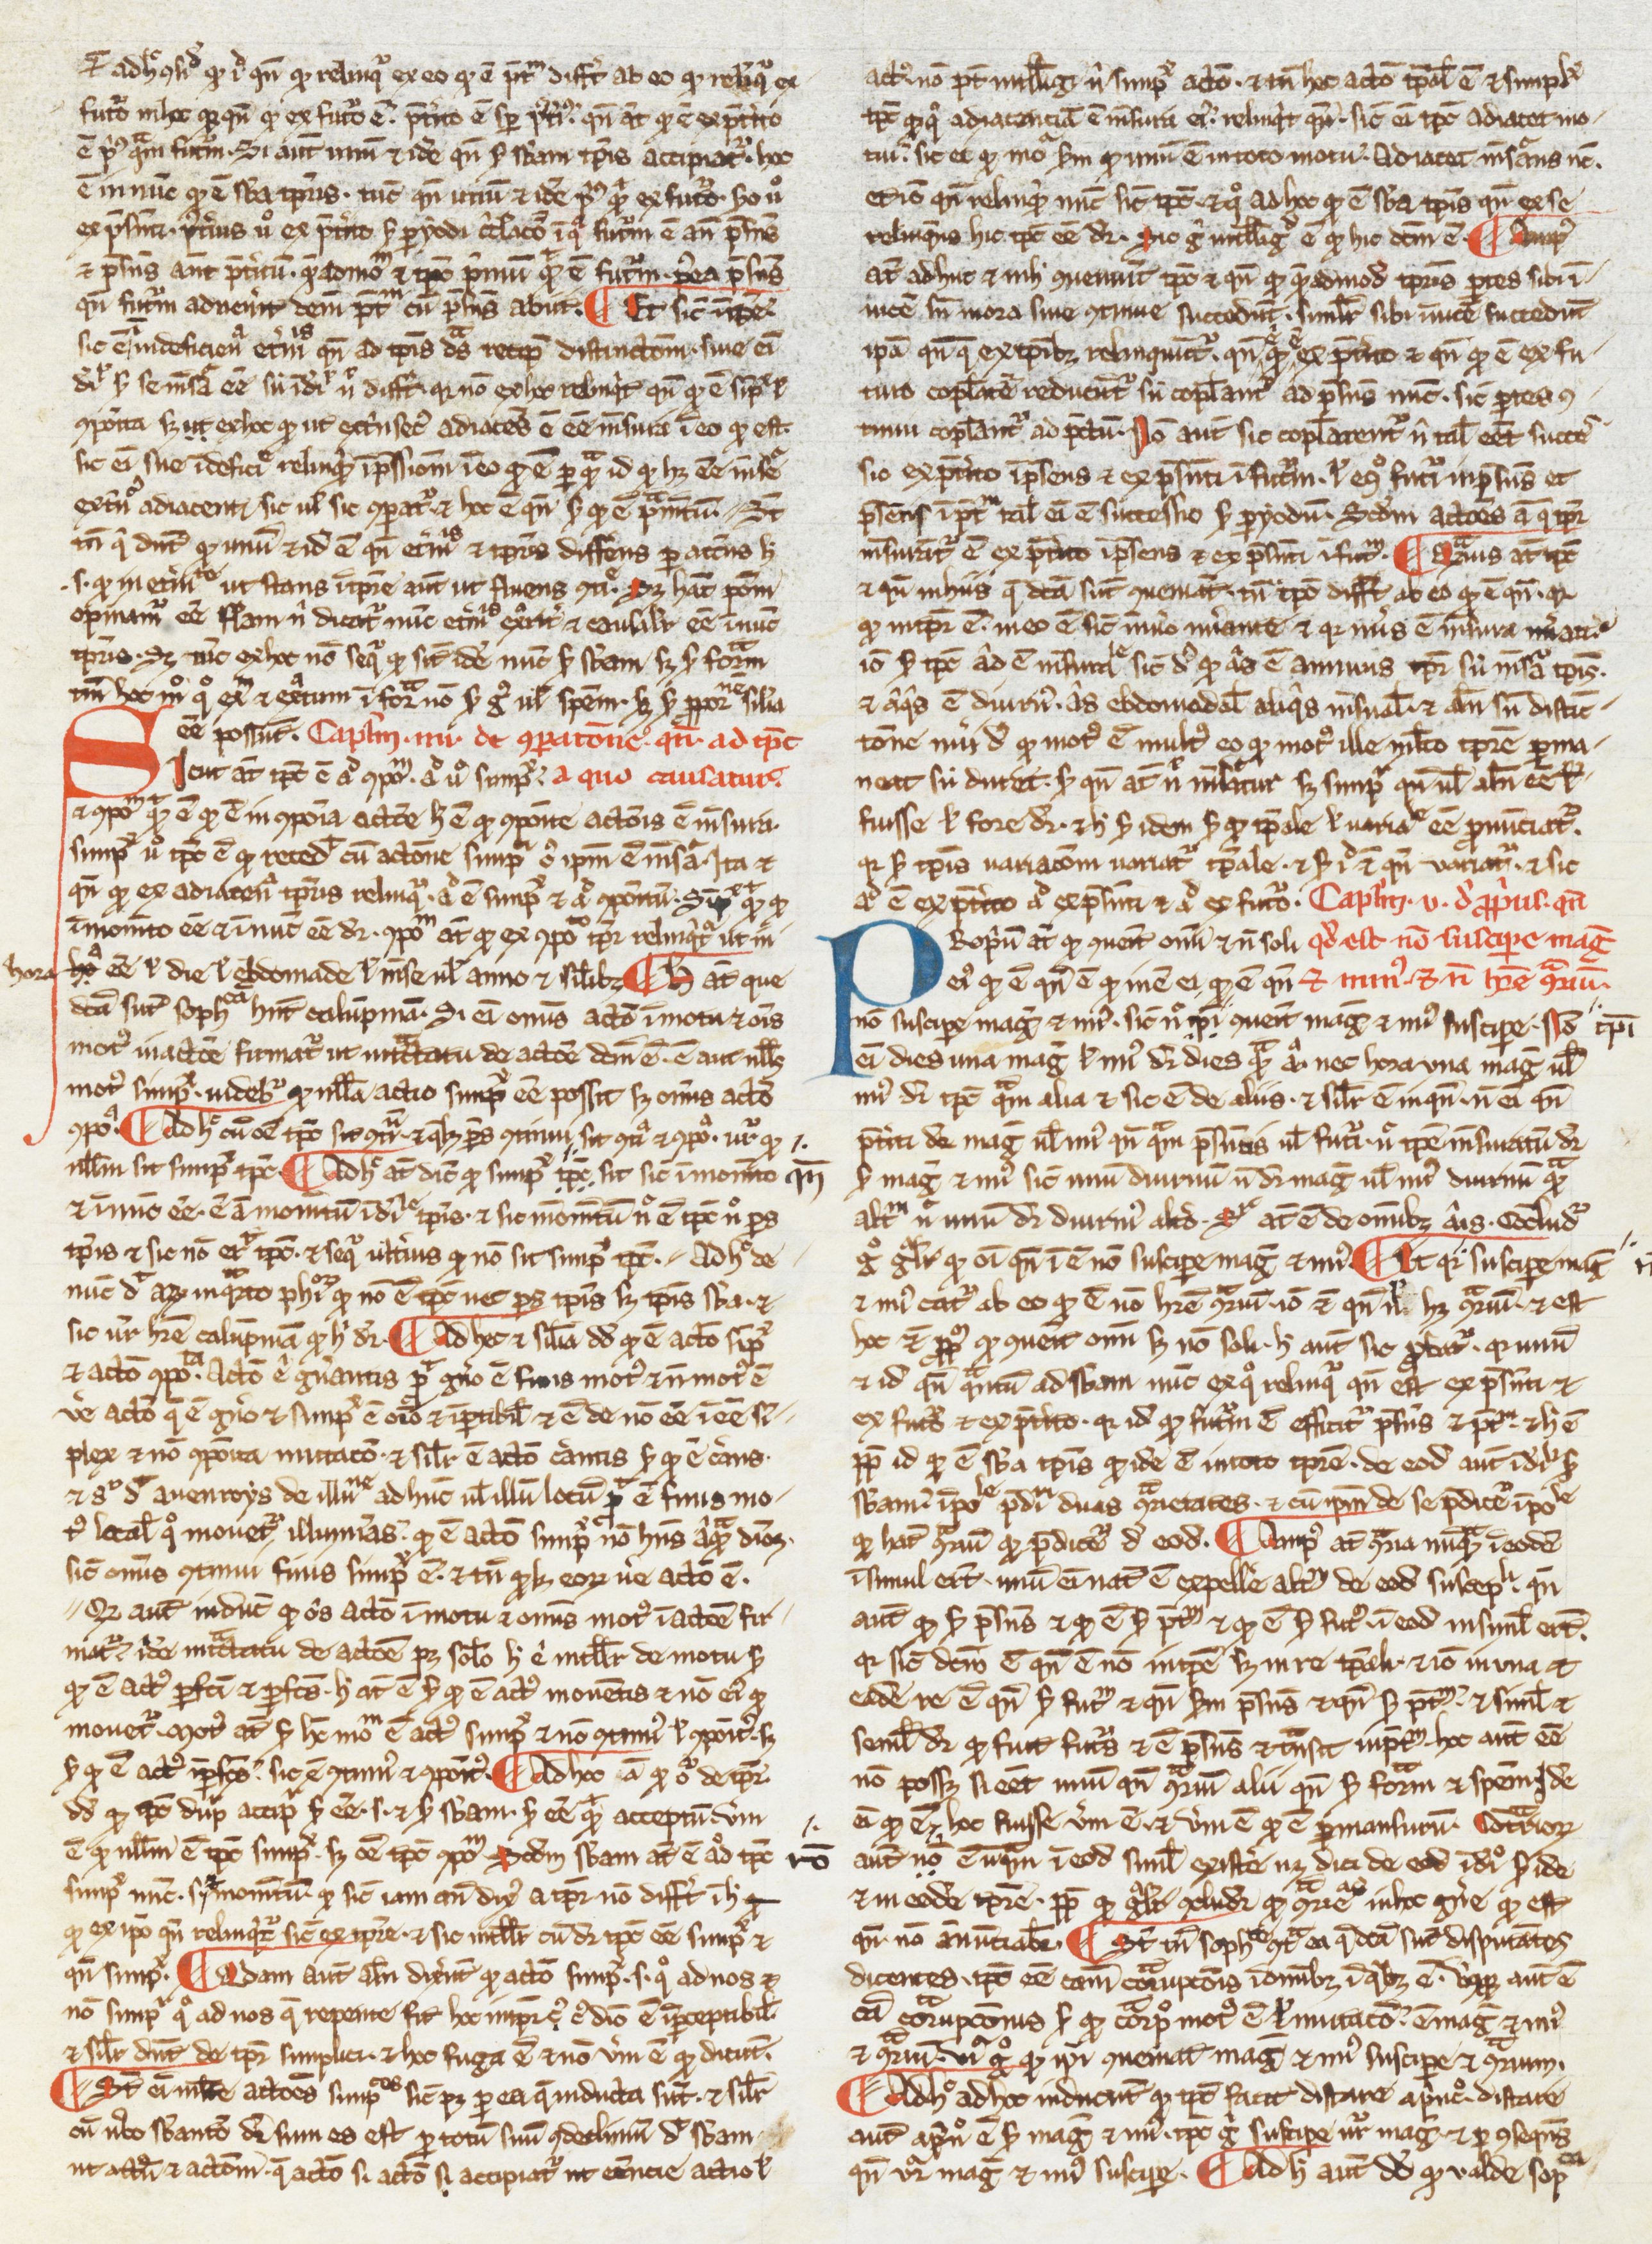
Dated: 1200–1399